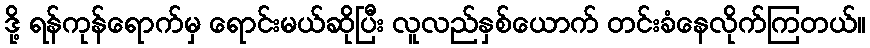
ဒို့ ရန်ကုန်ရောက်မှ ရောင်းမယ်ဆိုပြီး လူလည်နှစ်ယောက် တင်းခံနေလိုက်ကြတယ်။